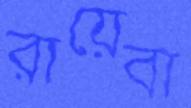
রায়েবা